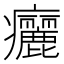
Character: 㿛